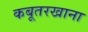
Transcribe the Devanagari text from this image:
कबूतरखाना